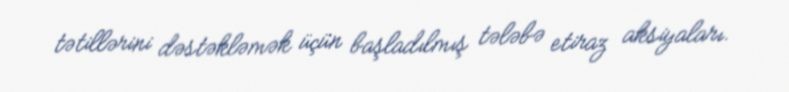
tətillərini dəstəkləmək üçün başladılmış tələbə etiraz aksiyaları.